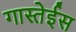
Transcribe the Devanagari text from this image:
गास्तेईस